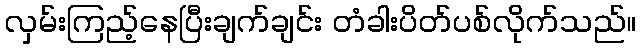
လှမ်းကြည့်နေပြီးချက်ချင်း တံခါးပိတ်ပစ်လိုက်သည်။